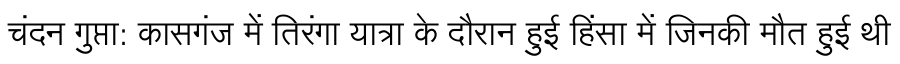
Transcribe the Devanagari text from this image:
चंदन गुप्ता: कासगंज में तिरंगा यात्रा के दौरान हुई हिंसा में जिनकी मौत हुई थी